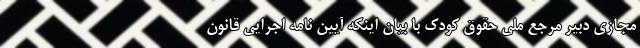
مجازی دبیر مرجع ملی حقوق کودک با بیان اینکه آیین نامه اجرایی قانون